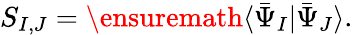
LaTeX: \begin{array}{r}{S_{I,J}=\ensuremath{\langle\bar{\Psi}_{I}\vert\bar{\Psi}_{J}\rangle}.}\end{array}